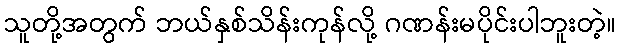
သူတို့အတွက် ဘယ်နှစ်သိန်းကုန်လို့ ဂဏန်းမပိုင်းပါဘူးတဲ့။